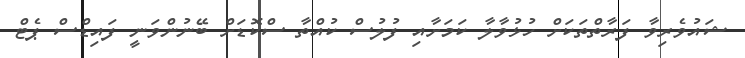
ޝައުވެރިވާ ފަރާތްތަކަށް ހުޅުވާލާ ކަމަށާއި ފުލުސް ކުއްތާ ސްކޮޑަށް ބޭނުންވަނީ ފައިޑްސް ޕެޓް